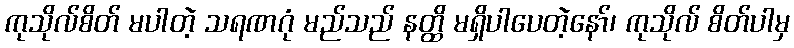
ကုသိုလ်စိတ် မပါတဲ့ သရဏဂုံ မည်သည် နတ္ထိ မရှိပါပေတဲ့နော်၊ ကုသိုလ် စိတ်ပါမှ